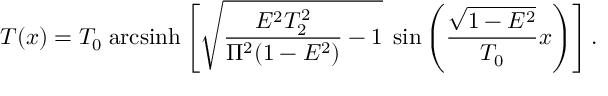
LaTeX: T ( x ) = T _ { 0 } \; \mathrm { a r c s i n h } \left[ \sqrt { \frac { E ^ { 2 } T _ { 2 } ^ { 2 } } { \Pi ^ { 2 } ( 1 - E ^ { 2 } ) } - 1 } \; \sin \left( \frac { \sqrt { 1 - E ^ { 2 } } } { T _ { 0 } } x \right) \right] .